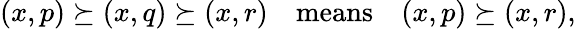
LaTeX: \begin{array}{r}{(x,p)\succeq(x,q)\succeq(x,r)\quad\mathrm{means}\quad(x,p)\succeq(x,r),}\end{array}